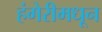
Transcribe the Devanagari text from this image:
हंगेरीमधून